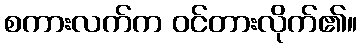
စကားလက်က ဝင်တားလိုက်၏။